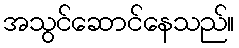
အသွင်ဆောင်နေသည်။